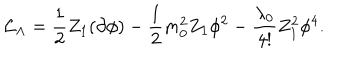
{ \cal { L } } _ { \Lambda } = \frac { 1 } { 2 } Z _ { 1 } ( \partial \phi ) - \frac { 1 } { 2 } m _ { 0 } ^ { 2 } Z _ { 1 } \phi ^ { 2 } - \frac { \lambda _ { 0 } } { 4 ! } Z _ { 1 } ^ { 2 } \phi ^ { 4 } .